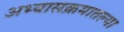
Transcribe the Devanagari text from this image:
अभ्यासक्रमातल्या